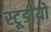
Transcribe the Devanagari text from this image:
स्टूडीयो